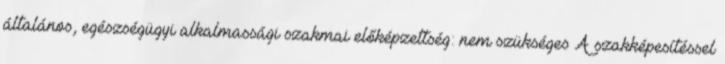
általános, egészségügyi alkalmassági szakmai előképzettség: nem szükséges A szakképesítéssel